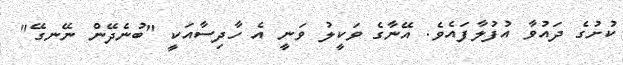
ކުށުގެ ދައުވާ އުފުލާފައެވެ. އޭނާގެ ވަކީލު ވަނީ އެ ހާދިސާއަކީ "ބުނެދޭން ނޭނގޭ"